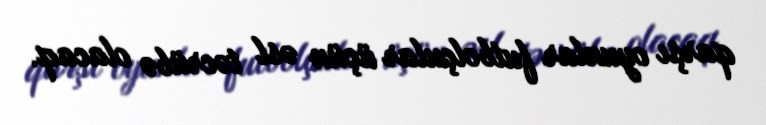
qarşı oyunlar futbolçular üçün əsl təcrübə olacaq.